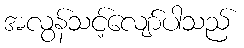
အလွန်သင့်လျော်ပါသည်